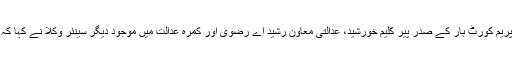
وقفے کے بعد سماعت دوبارہ شروع ہوئی تو سپریم کورٹ بار کے صدر پیر کلیم خورشید، عدالتی معاون رشید اے رضوی اور کمرۂ عدالت میں موجود دیگر سینئر وکلا نے کہا کہ نہال ہاشمی کے الفاظ کا دفاع نہیں کیا جا سکتا۔